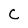
Character: C